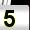
Digit: 5